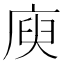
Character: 庾